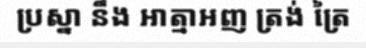
ប្រស្នា នឹង អាត្មាអញ ត្រង់ ត្រៃ